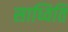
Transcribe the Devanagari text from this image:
साध्विति